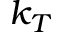
k _ { T }